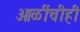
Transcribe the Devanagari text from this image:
ओळींचीही